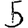
Digit: 5